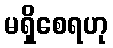
မရှိစေရဟု